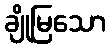
ချိုမြသော